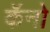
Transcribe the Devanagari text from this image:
कॅनो